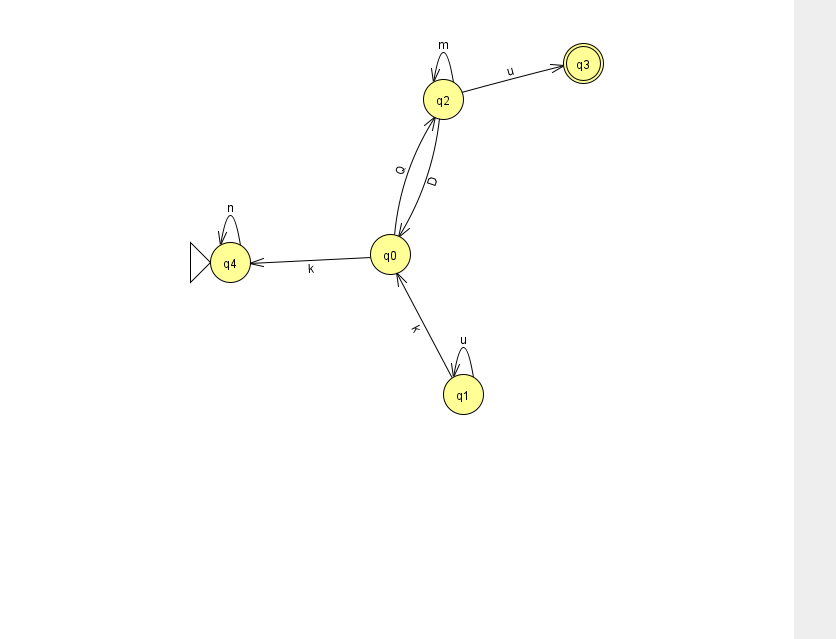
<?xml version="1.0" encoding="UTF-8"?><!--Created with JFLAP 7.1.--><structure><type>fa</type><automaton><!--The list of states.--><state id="0" name="q0"><x>390.0</x><y>241.0</y></state><state id="1" name="q1"><x>463.0</x><y>381.0</y></state><state id="2" name="q2"><x>443.0</x><y>86.0</y></state><state id="3" name="q3"><x>583.0</x><y>50.0</y><final/></state><state id="4" name="q4"><x>230.0</x><y>249.0</y><initial/></state><!--The list of transitions.--><transition><from>1</from><to>0</to><read>k</read></transition><transition><from>0</from><to>4</to><read>k</read></transition><transition><from>2</from><to>3</to><read>u</read></transition><transition><from>1</from><to>1</to><read>u</read></transition><transition><from>0</from><to>2</to><read>Q</read></transition><transition><from>2</from><to>2</to><read>m</read></transition><transition><from>4</from><to>4</to><read>n</read></transition><transition><from>2</from><to>0</to><read>D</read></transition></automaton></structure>